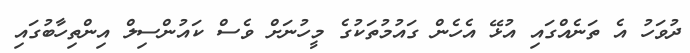
ދުވަހު އެ ތަނެއްގައި އުޅޭ އެހެން ގައުމުތަކުގެ މީހުނަށް ވެސް ކައުންސިލް އިންތިހާބުގައި